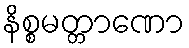
နိစ္စမတ္တာဏော